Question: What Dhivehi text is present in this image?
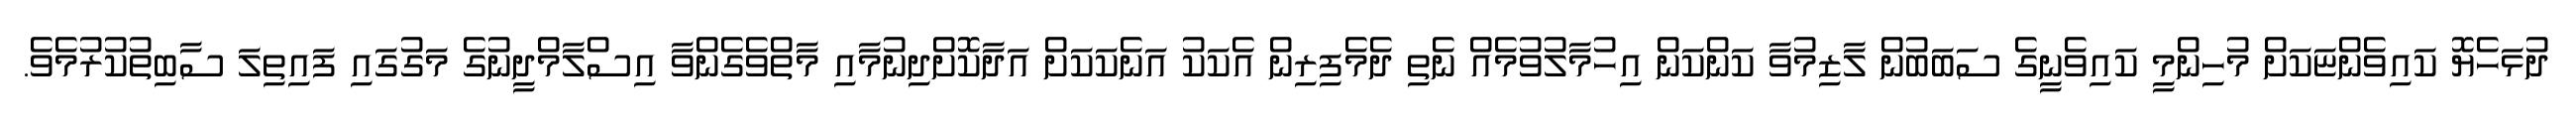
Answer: ދުޅަހެޔޮ ކައިވެންޏަކަށް މުހިންމީ ކައިވެނީގެ ސަބަބުން ލާޒިމުވާ ކަންކަން އިހުމާލުވުމެއް ނެތި ދެމެފިރިން އެކަކު އަނެކަކަށް އަދާކޮށްދިނުމާއި މާތްވެގެންވާ އިސްލާމްދީނުގެ މަގުގައި ފައިތިލަ ސާބިތުކުރުމެވެ.